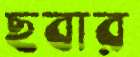
ছবার